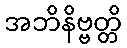
အဘိနိဗ္ဗတ္တိ